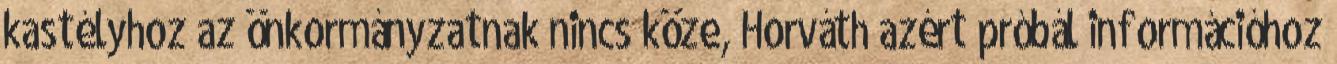
kastélyhoz az önkormányzatnak nincs köze, Horváth azért próbál információhoz